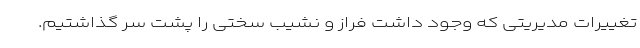
تغییرات مدیریتی که وجود داشت فراز و نشیب سختی را پشت سر گذاشتیم.